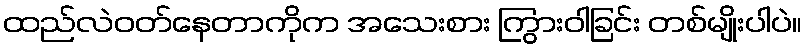
ထည်လဲဝတ်နေတာကိုက အသေးစား ကြွားဝါခြင်း တစ်မျိုးပါပဲ။